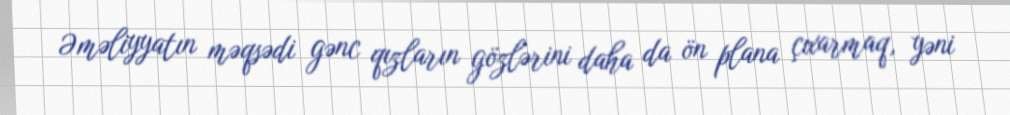
Əməliyyatın məqsədi gənc qızların gözlərini daha da ön plana çıxarmaq, yəni